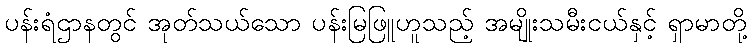
ပန်းရံဌာနတွင် အုတ်သယ်သော ပန်းမြဖြူဟူသည့် အမျိုးသမီးငယ်နှင့် ရှာမာတို့